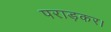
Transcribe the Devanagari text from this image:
पराड़कर।